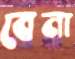
বেনা